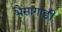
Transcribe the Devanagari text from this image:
भैसागाड़ी